Report of the Indian Hemp Drugs Commission, 1894-1895 - Volume III
Year: 1894
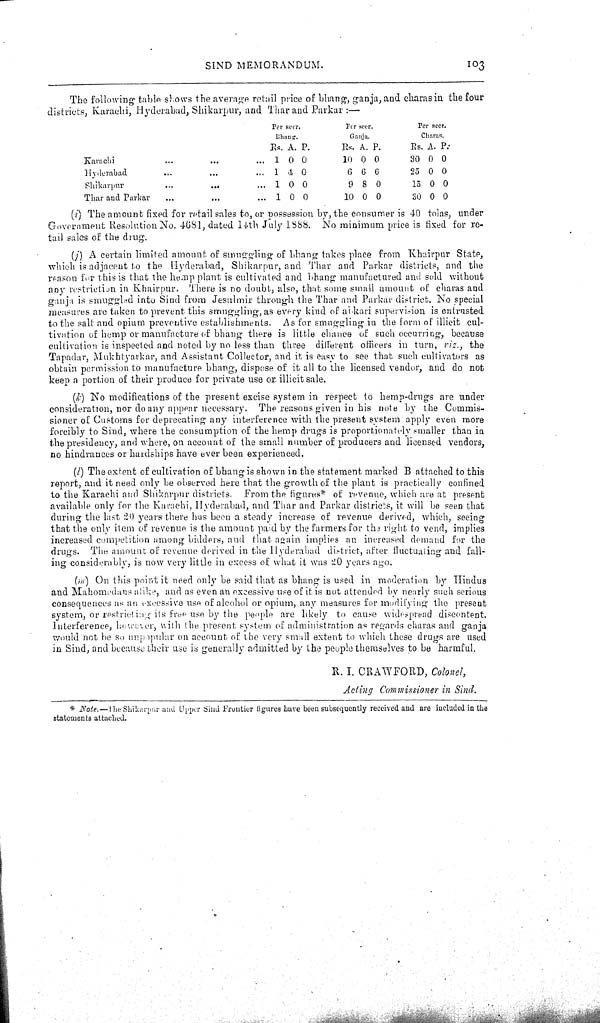
SIND MEMORANDUM.
103
The following table shows the average retail price of bhang, ganja, and charas in the four
districts, Karachi, Hyderabad, Shikarpur, and Thar and Parkar:—
Per seer.
Per seer.
Per seer.
Bhang.
Ganja.
Charas.
Rs. A. P.
Rs. A. P.
Rs. A. P.
Karachi
1 0 0
10 0 0
30 0 0
Hyderabad
1 4 0
6 6 6
25 0 0
Shikarpur
1 0 0
9 8 0
15 0 0
Thar and Parkar
1 0 0
10 0 0
30 0 0
(i) The amount fixed for retail sales to, or possession by, the consumer is 40 tolas, under
Government Resolution No. 4681, dated 14th July 1888. No minimum price is fixed for re-
tail sales of the drug.
(j) A certain limited amount of smuggling of bhang takes place from Khairpur State,
which is adjacent to the Hyderabad, Shikarpur, and Thar and Parkar districts, and the
reason for this is that the hemp plant is cultivated and bhang manufactured and sold without
any restriction in Khairpur. There is no doubt, also, that some small amount of charas and
ganja is smuggled into Sind from Jesulmir through the Thar and Parkar district. No special
measures are taken to prevent this smuggling, as every kind of abkari supervision is entrusted
to the salt and opium preventive establishments. As for smuggling in the form of illicit cul-
tivation of hemp or manufacture of bhang there is little chance of such occurring, because
cultivation is inspected and noted by no less than three different officers in turn, viz., the
Tapadar, Mukhtyarkar, and Assistant Collector, and it is easy to see that such cultivators as
obtain permission to manufacture bhang, dispose of it all to the licensed vendor, and do not
keep a portion of their produce for private use or. illicit sale.
(k) No modifications of the present excise system in respect to hemp-drugs are under
consideration, nor do any appear necessary. The reasons given in his note by the Commis-
sioner of Customs for deprecating any interference with the present system apply even more
forcibly to Sind, where the consumption of the hemp drugs is proportionately smaller than in
the presidency, and where, on account of the small number of producers and licensed vendors,
no hindrances or hardships have ever been experienced.
(l) The extent of cultivation of bhang is shown in the statement marked B attached to this
report, and it need only be observed here that the growth of the plant is practically confined
to the Karachi and Shikarpur districts. From the figures* of revenue, which are at present
available only for the Karachi, Hyderabad, and Thar and Parkar districts, it will be seen that
during the last 20 years there has been a steady increase of revenue derived, which, seeing
that the only item of revenue is the amount paid by the farmers for the right to vend, implies
increased competition among bidders, and that again implies an increased demand for the
drugs. The amount of revenue derived in the Hyderabad district, after fluctuating and fall-
ing considerably, is now very little in excess of what it was 20 years ago.
(m) On this point it need only be said that as bhang is used in moderation by Hindus
and Mahomedans alike, and as even an excessive use of it is not attended by nearly such serious
consequences as an excessive use of alcohol or opium, any measures for modifying the present
system, or restricting its free use by the people are likely to cause widespread discontent.
Interference, however, with the present system of administration as regards charas and ganja
would not be so unpopular on account of the very small extent to which these drugs are used
in Sind, and because their use is generally admitted by the people themselves to be harmful.
R. I. CRAWFORD, Colonel,
Acting Commissioner in Sind.
* Note.—The Shikarpur and Upper Sind Frontier figures have been subsequently received and are included in the
statements attached.